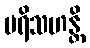
ပရိသဟန္တိ